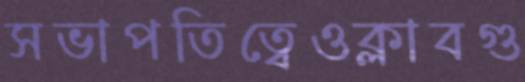
সভাপতিত্বেওক্লাবগু